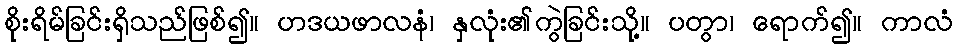
စိုးရိမ်ခြင်းရှိသည်ဖြစ်၍။ ဟဒယဖာလနံ၊ နှလုံး၏ကွဲခြင်းသို့။ ပတွာ၊ ရောက်၍။ ကာလံ